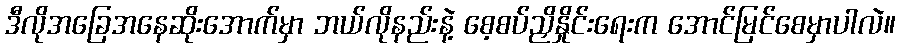
ဒီလိုအခြေအနေဆိုးအောက်မှာ ဘယ်လိုနည်းနဲ့ စေ့စပ်ညှိနှိုင်းရေးက အောင်မြင်စေမှာပါလဲ။